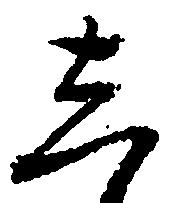
し